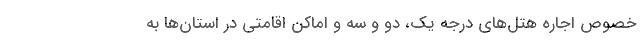
خصوص اجاره هتل‌های درجه یک، دو و سه و اماکن اقامتی در استان‌ها به